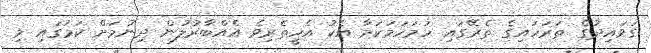
ގަވައިދުގެ ތަރަހައިގެ ތެރޭގައި ހަމަހަމަކަމާ އެކު އެހީތެރިވެ އެއްބާރުލުން ދިނުމަށް ކަމުގައި މި